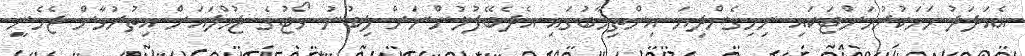
އެއަދަދު ހަމަކުރުމަށްޓަކައި ނިމިގެންދިޔަ އިންތިޚާބުގައި އެދެބޭފުޅުންނަށް ލިބުނު ވޯޓުގެ ޖުމްލައަށް އިތުރުވާން ޖެހެނީ